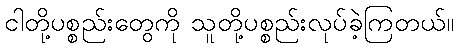
ငါတို့ပစ္စည်းတွေကို သူတို့ပစ္စည်းလုပ်ခဲ့ကြတယ်။